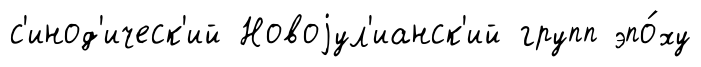
с'инод'ическ'ий Новоjул'ианск'ий групп эпо́ху